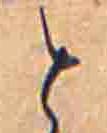
と